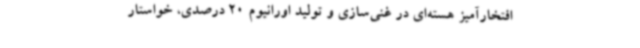
افتخارآمیز هسته‌ای در غنی‌سازی و تولید اورانیوم 20 درصدی، خواستار